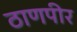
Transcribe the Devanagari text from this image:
ठाणपीर